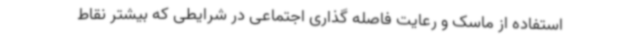
استفاده از ماسک و رعایت فاصله گذاری اجتماعی در شرایطی که بیشتر نقاط